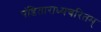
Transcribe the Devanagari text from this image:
पंडिताराध्यचरितम्